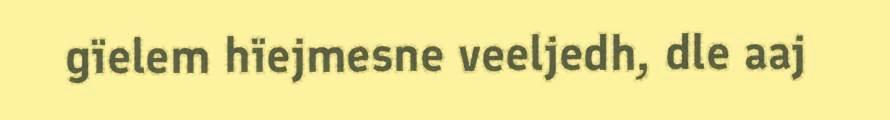
gïelem hïejmesne veeljedh, dle aaj